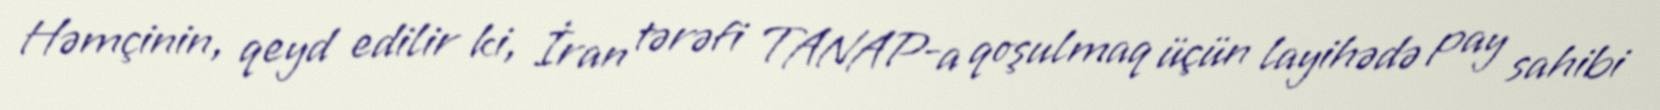
Həmçinin, qeyd edilir ki, İran tərəfi TANAP-a qoşulmaq üçün layihədə pay sahibi